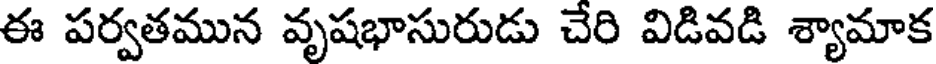
ఈ పర్వతమున వృషభాసురుడు చేరి విడివడి శ్యామాక